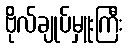
ဗိုလ်ချုပ်မှူးကြီး